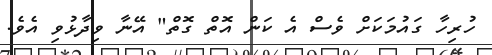
ހުރިހާ ގައުމަކަށް ވެސް އެ ކަން އޮތް ގޮތް" އޭނާ ވިދާޅުވި އެވެ.